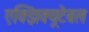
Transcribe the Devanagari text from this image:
एक्झिक्यूटेबल